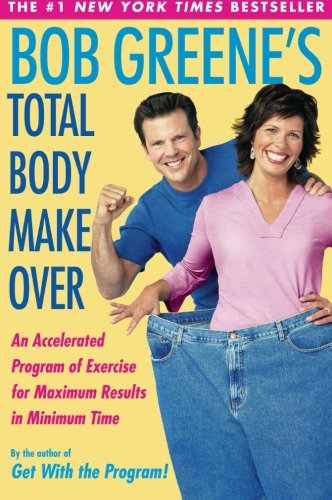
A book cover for Bob Greene's Total Body Makeover; Bob Greene; Health, Fitness & Dieting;